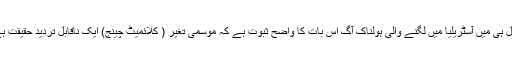
حال ہی میں آسٹریلیا میں لگنے والی ہولناک آگ اس بات کا واضح ثبوت ہے کہ موسمی تغیر ( کلائمیٹ چینج) ایک ناقابل تردید حقیقت ہے۔